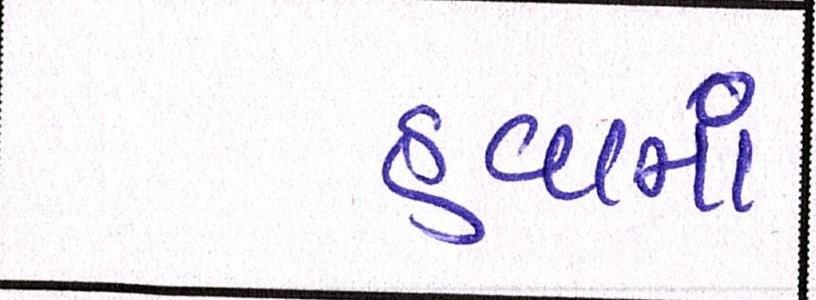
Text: હવામાં